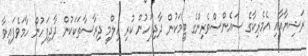
ރަޝިޔާއާއި އެމެރިކާގެ ސައެންސްވެރިންގެ ޓީމަކުން ދާދިފަހުން ކުރި ޢިލްމީ ދިރާސާތަކަކުން ދާދިފަހުން ހާމަވެފައިވާ